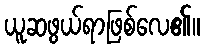
ယူဆဖွယ်ရာဖြစ်လေ၏။